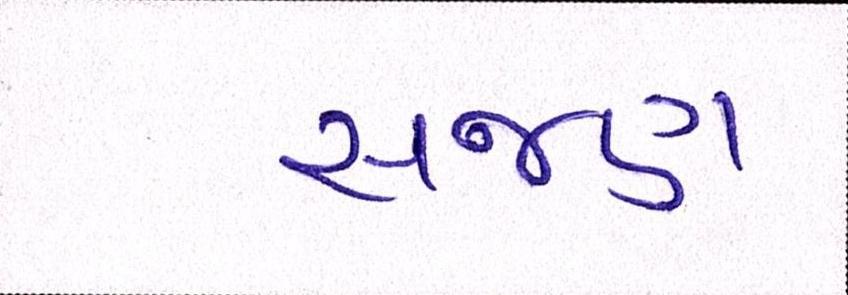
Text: સજણ